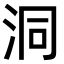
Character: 洞